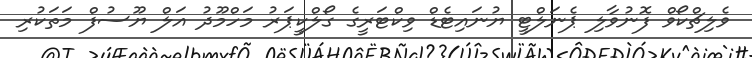
ވެލިޗްކޯވް ފޮނުވާލި ޕެނަލްޓީ ޔުނައިޓެޑް ވިކްޓަރީގެ ގޯލްކީޕަރު މަހްމޫދު އަލް ޔޫސުފް މަތަކުރި